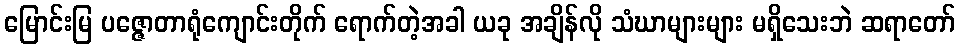
မြောင်းမြ ပဇ္ဇောတာရုံကျောင်းတိုက် ရောက်တဲ့အခါ ယခု အချိန်လို သံဃာများများ မရှိသေးဘဲ ဆရာတော်